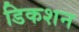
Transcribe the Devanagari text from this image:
डिकशन